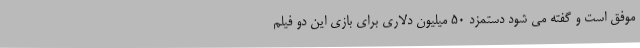
موفق است و گفته می شود دستمزد 50 میلیون دلاری برای بازی این دو فیلم